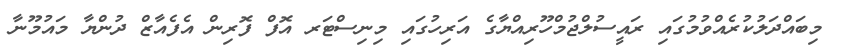
މިބައްދަލުކުރެއްވުމުގައި ރައީސުލްޖުމްހޫރިއްޔާގެ އަރިހުގައި މިނިސްޓަރ އޮފް ފޮރިން އެފެއާޒް ދުންޔާ މައުމޫނާ